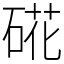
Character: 硴